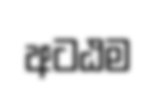
අටඨම